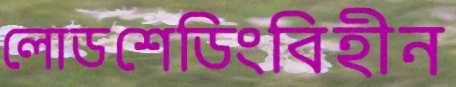
লোডশেডিংবিহীন